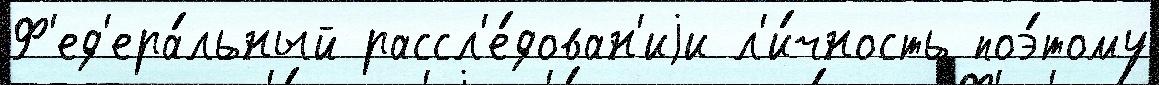
Ф'ед'ера́льный рассл'е́дован'иjи л'и́чность поэ́тому